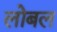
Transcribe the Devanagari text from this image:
लोबल